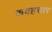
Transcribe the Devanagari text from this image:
कवहसार